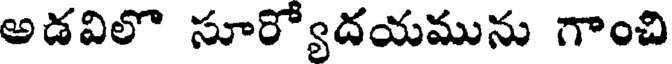
అడవిలొ సూర్యోదయమును గాంచి